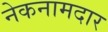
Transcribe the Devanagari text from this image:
नेकनामदार